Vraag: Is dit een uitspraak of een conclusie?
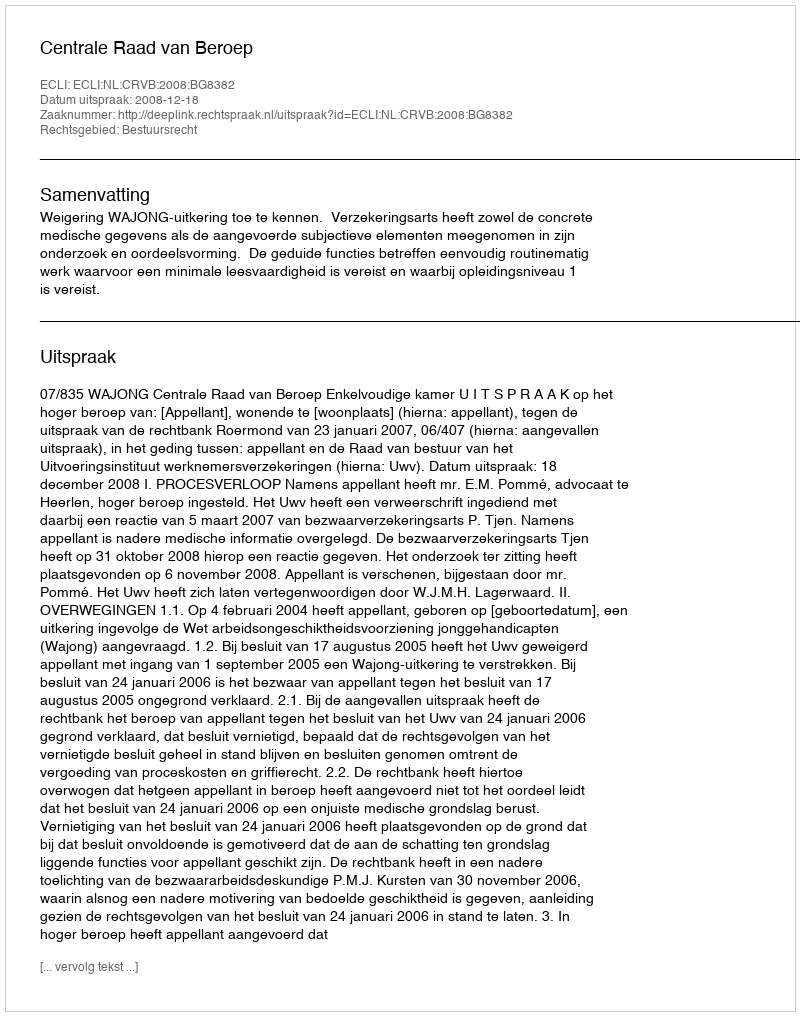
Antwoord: Uitspraak